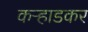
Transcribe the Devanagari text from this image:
कऱ्हाडकर